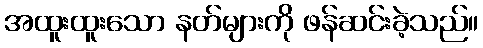
အထူးထူးသော နတ်များကို ဖန်ဆင်းခဲ့သည်။